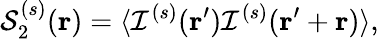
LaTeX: \mathcal{S}_{2}^{(s)}(\mathbf{r})=\langle\mathcal{I}^{(s)}(\mathbf{r}^{\prime})\mathcal{I}^{(s)}(\mathbf{r}^{\prime}+\mathbf{r})\rangle,